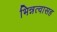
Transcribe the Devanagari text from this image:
भिन्नत्वासह